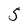
Character: 5